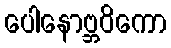
ပေါနောဗ္ဘဝိကော